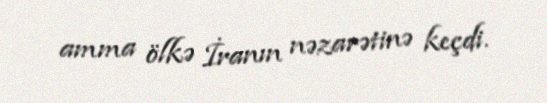
amma ölkə İranın nəzarətinə keçdi.